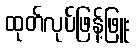
ထုတ်လုပ်ဖြန့်ဖြူး